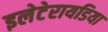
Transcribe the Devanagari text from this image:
इलेटेरायडिया